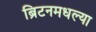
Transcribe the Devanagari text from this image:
ब्रिटनमधल्या